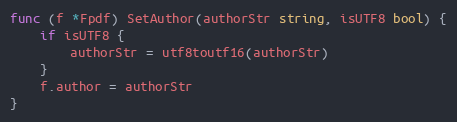
Language: Go
func (f *Fpdf) SetAuthor(authorStr string, isUTF8 bool) {
	if isUTF8 {
		authorStr = utf8toutf16(authorStr)
	}
	f.author = authorStr
}